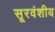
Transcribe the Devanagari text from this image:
सूरवंशीय